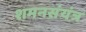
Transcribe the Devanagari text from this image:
शमनसंयंत्र